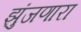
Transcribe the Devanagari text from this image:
झुंजणारा